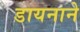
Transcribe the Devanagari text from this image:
डायनाने